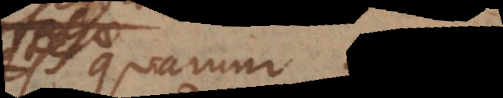
quarum